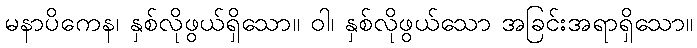
မနာပိကေန၊ နှစ်လိုဖွယ်ရှိသော။ ဝါ၊ နှစ်လိုဖွယ်သော အခြင်းအရာရှိသော။